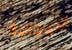
الدجاجة